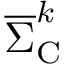
\overline { { \Sigma } } _ { \mathrm { { C } } } ^ { k }